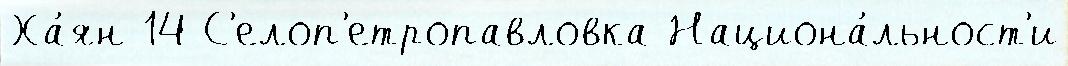
Ха́ян 14 С'елоп'етропавловка Национа́льност'и